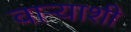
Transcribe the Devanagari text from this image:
वाऱ्याशी